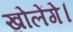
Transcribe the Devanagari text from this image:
खोलेंगे।